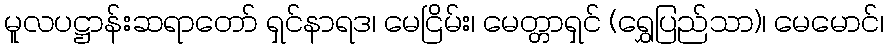
မူလပဋ္ဌာန်းဆရာတော် ရှင်နာရဒ၊ မေငြိမ်း၊ မေတ္တာရှင် (ရွှေပြည်သာ)၊ မေမောင်၊